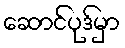
ဆောင်ပုဒ်မှာ